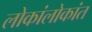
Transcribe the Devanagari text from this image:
लोकांलोकांत